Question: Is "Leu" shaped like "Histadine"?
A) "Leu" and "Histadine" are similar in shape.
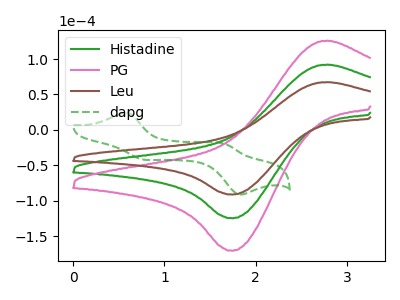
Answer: <think>The green curve "Histadine" has an anodic peak at (2.80V, 92.00uA) and a cathodic peak at (1.75V, -124.80uA). The pink curve "PG" has an anodic peak at (2.80V, 184.05uA) and a cathodic peak at (1.75V, -249.65uA). The brown curve "Leu" has an anodic peak at (2.80V, 67.30uA) and a cathodic peak at (1.75V, -91.30uA). The green dashed curve "dapg" has anodic peaks at (0.60V, 24.25uA) (1.65V, -20.10uA) and cathodic peaks at (0.75V, -41.80uA) (1.80V, -90.95uA).
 All the peaks in "Leu" have a peak in "Histadine" at the same potential. Every peak in "Leu" is lower than every peak in "Histadine".</think>
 <answer>A) "Leu" and "Histadine" are similar in shape.</answer>
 <eval>A</eval>